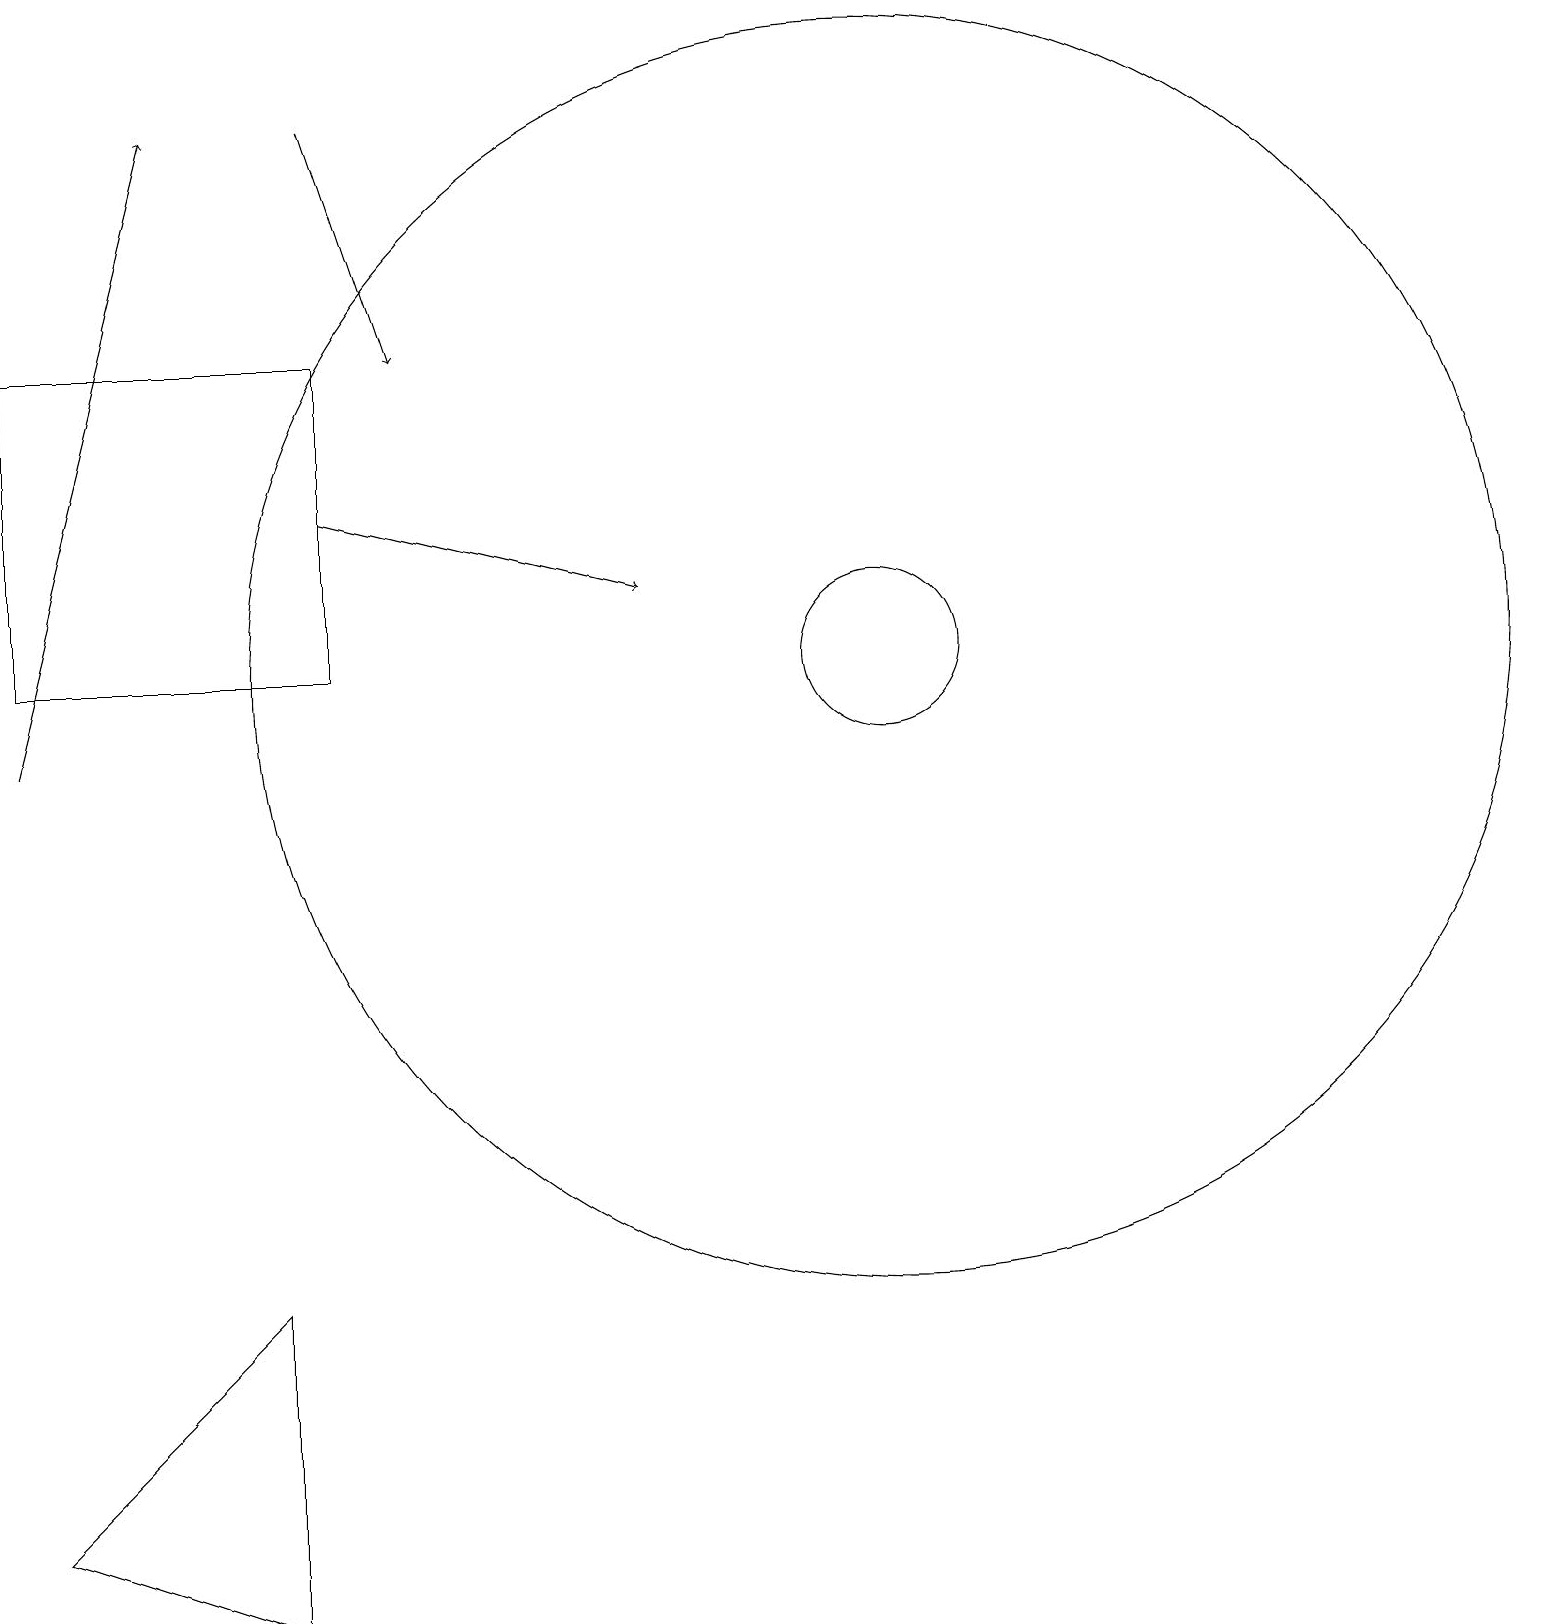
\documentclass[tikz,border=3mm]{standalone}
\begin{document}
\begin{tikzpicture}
\draw[->] (4,14) -- (8,13);
\draw (11,12) circle (8);
\draw[->] (0,11) -- (2,19);
\draw (0,1) -- (3,4) -- (3,0) -- cycle;
\draw (4,16) rectangle (0,12);
\draw[->] (4,19) -- (5,16);
\draw (11,12) circle (1);
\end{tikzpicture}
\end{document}